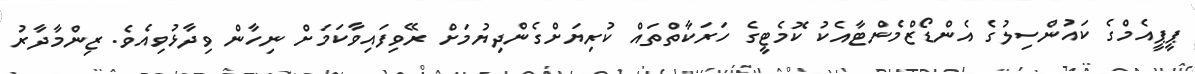
ޕީޕީއެމްގެ ކައުންސިލުގެ އެންޑޯޒްމެންޓާއެެކު ކޮމެޓީގެ ހަރަކާތްތައް ކުރިޔަށްގެންދިޔުމަށް ރޭވިފައިވާކަމަށް ނިހާން ވިދާޅުވިއެވެ. ޒިންމާދާރު